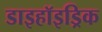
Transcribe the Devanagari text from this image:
डाइहॉइड्रिक